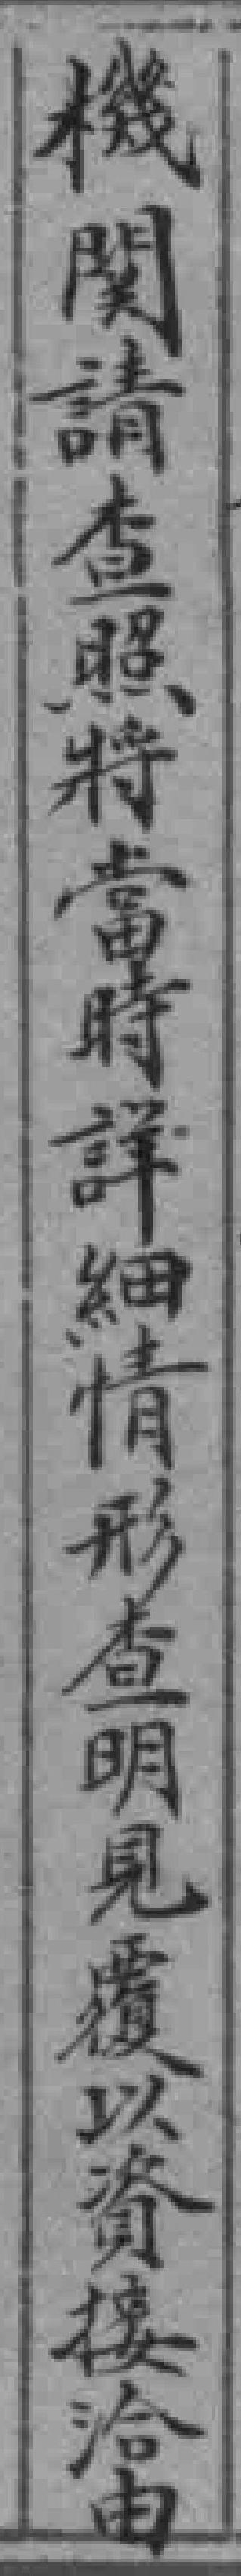
機関請查照將當時詳細情形查明見覆以資接洽由